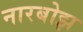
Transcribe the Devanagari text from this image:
नारबोझ